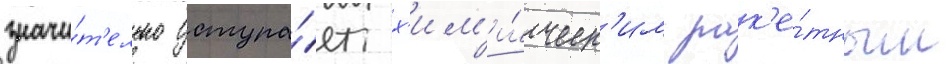
значи́т'ельно уступа́ет х'им'и́ческ'им рак'е́тным